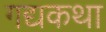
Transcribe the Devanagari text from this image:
गद्यकथा